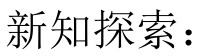
新知探索：